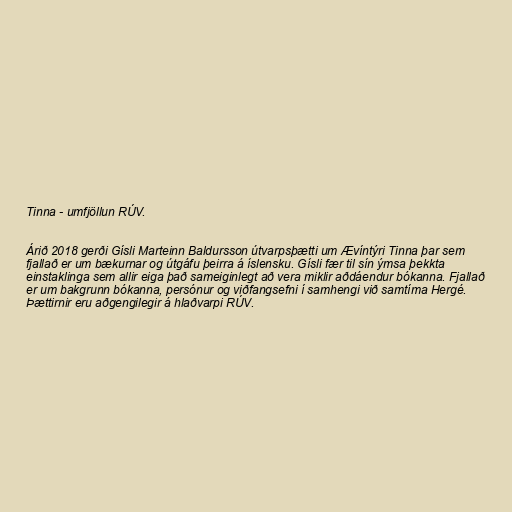
Tinna - umfjöllun RÚV.

Árið 2018 gerði Gísli Marteinn Baldursson útvarpsþætti um Ævíntýri Tinna þar sem
fjallað er um bækurnar og útgáfu þeirra á íslensku. Gísli fær til sín ýmsa þekkta
einstaklinga sem allir eiga það sameiginlegt að vera miklir aðdáendur bókanna. Fjallað
er um bakgrunn bókanna, persónur og viðfangsefni í samhengi við samtíma Hergé.
Þættirnir eru aðgengilegir á hlaðvarpi RÚV.